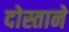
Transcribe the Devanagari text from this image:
दोस्ताने